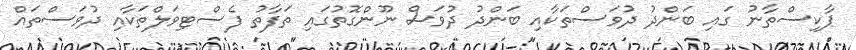
ޕާކިސްތާނު ގައި ބަންދު ދުވަސްތަކާއި ބަންދު ދުވަސް ނޫންގޮތުގައި ތަފާތު ފެސްޓިވަލްތަކާއި ދުވަސްތައް